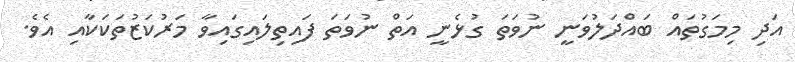
އަދި މިމަގުތައް ބައްދަލުވަނީ ނުވަތަ ގުޅެނީ އަތް ނުވަތަ ފައިތިލައިގައިވާ މަރުކަޒުތަކަކާއި އެވެ.